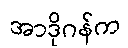
အာဒိုဂန်က